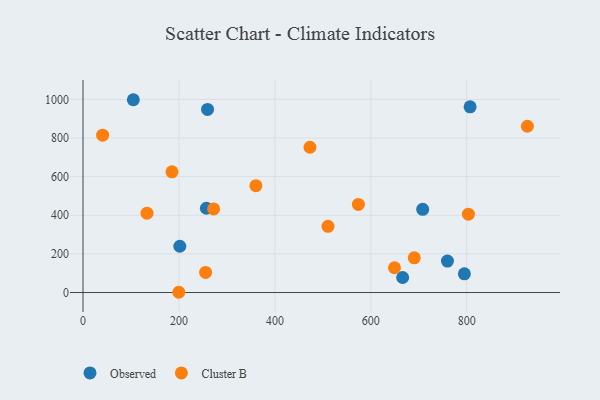
{"axis": {"x": "Experience", "y": "Salary"}, "legend": ["Cluster B", "Observed"], "data": [{"x": "259.6", "y": 947.9, "type": "Observed"}, {"x": "759.7", "y": 162.7, "type": "Observed"}, {"x": "708.1", "y": 430.9, "type": "Observed"}, {"x": "104.9", "y": 998.2, "type": "Observed"}, {"x": "666.3", "y": 77.7, "type": "Observed"}, {"x": "795.0", "y": 97.0, "type": "Observed"}, {"x": "201.8", "y": 239.7, "type": "Observed"}, {"x": "806.9", "y": 961.2, "type": "Observed"}, {"x": "257.2", "y": 436.4, "type": "Observed"}, {"x": "510.7", "y": 342.6, "type": "Cluster B"}, {"x": "272.3", "y": 433.0, "type": "Cluster B"}, {"x": "803.4", "y": 405.5, "type": "Cluster B"}, {"x": "40.9", "y": 814.7, "type": "Cluster B"}, {"x": "255.6", "y": 104.0, "type": "Cluster B"}, {"x": "473.1", "y": 752.2, "type": "Cluster B"}, {"x": "574.0", "y": 456.0, "type": "Cluster B"}, {"x": "185.5", "y": 624.8, "type": "Cluster B"}, {"x": "690.5", "y": 179.9, "type": "Cluster B"}, {"x": "926.3", "y": 861.0, "type": "Cluster B"}, {"x": "133.4", "y": 410.9, "type": "Cluster B"}, {"x": "649.3", "y": 128.2, "type": "Cluster B"}, {"x": "360.4", "y": 553.4, "type": "Cluster B"}, {"x": "199.7", "y": 1.3, "type": "Cluster B"}]}